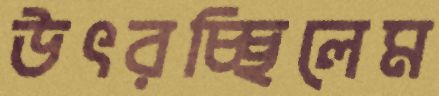
উৎরচ্ছিলেম